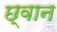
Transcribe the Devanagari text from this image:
छ्वान